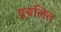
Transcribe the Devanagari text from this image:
प्र्रचलित